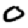
Digit: 0